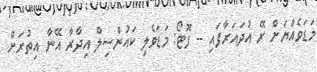
މަޑަވެއްޔަށް ރޭ އުދައަރާފައި -- ފޮޓޯ: މަޑަވެލި ކައުންސިލް އިދާރާ އޭނާ އިތުރަށް